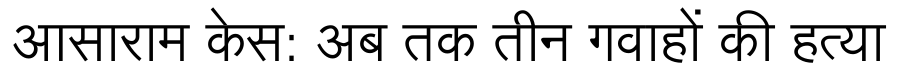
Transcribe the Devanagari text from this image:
आसाराम केस: अब तक तीन गवाहों की हत्या